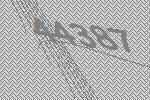
44387